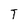
Character: T